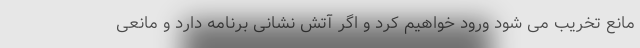
مانع تخریب می شود ورود خواهیم کرد و اگر آتش نشانی برنامه دارد و مانعی